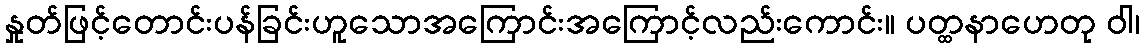
နှုတ်ဖြင့်တောင်းပန်ခြင်းဟူသောအကြောင်းအကြောင့်လည်းကောင်း။ ပတ္ထနာဟေတု ဝါ၊